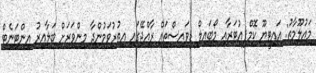
މައުލޫމާތު: އައިޓީޔޫ ކޮމްޕިއުޓަރާއި މޯބައިލް ޑިވައިސްތައް ރާއްޖޭގައި އިތުރުވަމުންދާ މިންވަރަށް ބަލާއިރު އިންޓަނެޓް